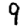
Digit: 9